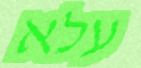
עלא